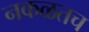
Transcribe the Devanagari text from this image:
नकळतच